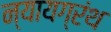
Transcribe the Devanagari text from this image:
न्यायग्रंथ